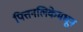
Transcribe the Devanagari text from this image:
पित्तनलिकेमधून